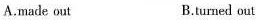
A.made out B.turned out